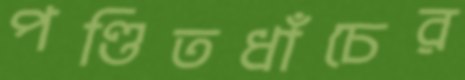
পণ্ডিতধাঁচের